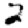
Digit: 2